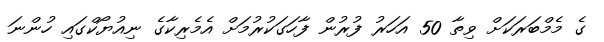
ގެ މެމްބަރަކަށް ވިތާ 50 އަހަރު ފުރުން ފާހަގަކުރުމަށް އެމެރިކާގެ ނިއުޔޯކްގައި ހުންނަ